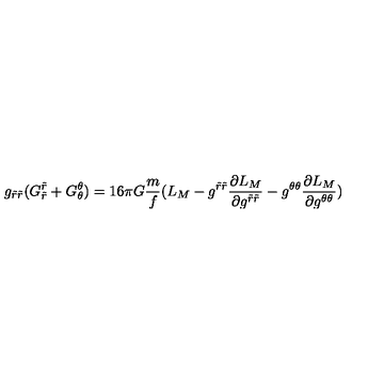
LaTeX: g _ { \tilde { r } \tilde { r } } ( G _ { \tilde { r } } ^ { \tilde { r } } + G _ { \theta } ^ { \theta } ) = 1 6 \pi G \frac { m } { f } ( L _ { M } - g ^ { \tilde { r } \tilde { r } } \frac { \partial L _ { M } } { \partial g ^ { \tilde { r } \tilde { r } } } - g ^ { \theta \theta } \frac { \partial L _ { M } } { \partial g ^ { \theta \theta } } )